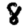
Digit: 8